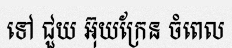
ទៅ ជួយ អ៊ុយក្រែន ចំពេល